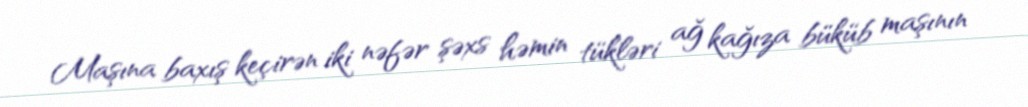
Maşına baxış keçirən iki nəfər şəxs həmin tükləri ağ kağıza büküb maşının